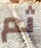
ثم